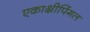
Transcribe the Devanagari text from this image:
एकाक्षीपिंगल